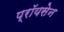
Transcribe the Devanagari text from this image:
प्रॉयसेन